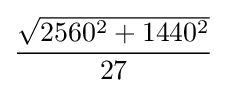
{\frac {\sqrt {2560^{2}+1440^{2}}}{27}}